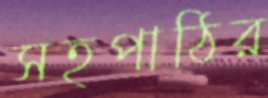
সহপাঠির